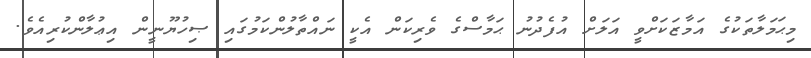
މިޙަމަލާތަކުގެ އަމާޒަކަށްވީ އަލަށް އުފެދުނު ޙަމާސްގެ ވެރިކަން އެކީ ނައްތާލުންކަމުގައި ޞިހުޔޫނީން އިޢުލާންކުރިއެވެ.